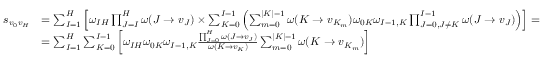
\begin{array} { r l } { s _ { v _ { 0 } v _ { H } } } & { = \sum _ { I = 1 } ^ { H } \left[ \omega _ { I H } \prod _ { J = I } ^ { H } \omega ( J \to v _ { J } ) \times \sum _ { K = 0 } ^ { I - 1 } \left( \sum _ { m = 0 } ^ { | K | - 1 } \omega ( K \to v _ { K _ { m } } ) \omega _ { 0 K } \omega _ { I - 1 , K } \prod _ { J = 0 , J \neq K } ^ { I - 1 } \omega ( J \to v _ { J } ) \right) \right] = } \\ & { = \sum _ { I = 1 } ^ { H } \sum _ { K = 0 } ^ { I - 1 } \left[ \omega _ { I H } \omega _ { 0 K } \omega _ { I - 1 , K } \frac { \prod _ { J = 0 } ^ { H } \omega ( J \to v _ { J } ) } { \omega ( K \to v _ { K } ) } \sum _ { m = 0 } ^ { | K | - 1 } \omega ( K \to v _ { K _ { m } } ) \right] } \end{array}